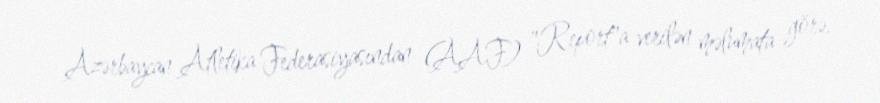
Azərbaycan Atletika Federasiyasından (AAF) "Report"a verilən məlumata görə,